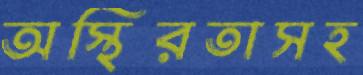
অস্থিরতাসহ